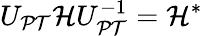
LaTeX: U_{\mathcal{PT}}\mathcal{H}U_{\mathcal{PT}}^{-1}=\mathcal{H}^{*}